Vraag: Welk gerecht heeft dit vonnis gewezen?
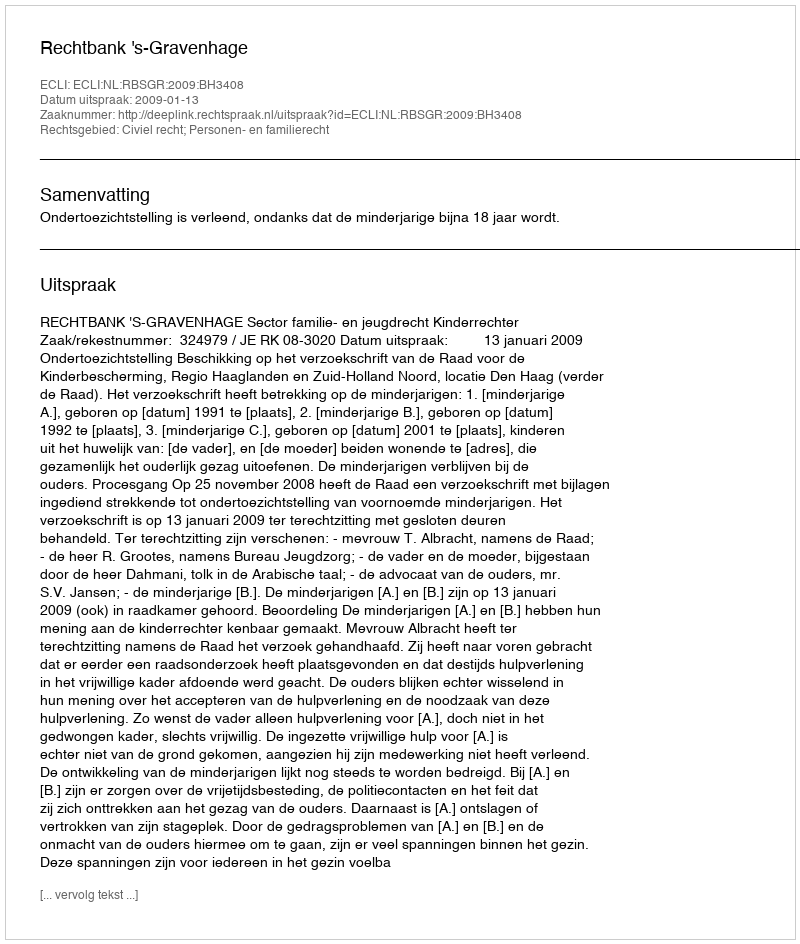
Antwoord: Rechtbank 's-Gravenhage